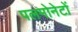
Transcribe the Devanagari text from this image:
पलमोनेटों